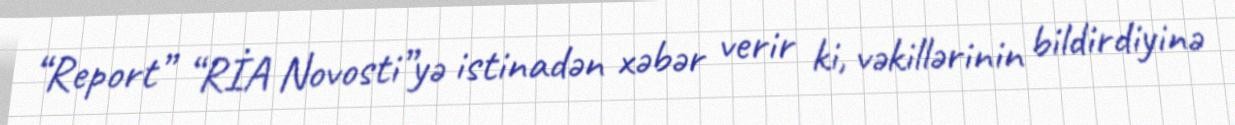
“Report” “RİA Novosti”yə istinadən xəbər verir ki, vəkillərinin bildirdiyinə